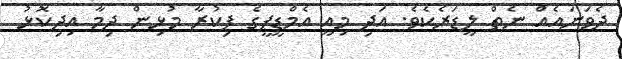
ދެވަނައެއް ނެތް ލީޑަރެކެވެ. އަދި މިއީ އެމްޑީޕީގެ ފިކުރާ މުޅިން ދިމާ އިދިކޮޅު